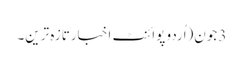
3 جون(اُردو پوائنٹ اخبارتازہ ترین۔